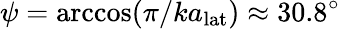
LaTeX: \psi=\operatorname{arccos}(\pi/ka_{\mathrm{lat}})\approx 30.8^{\circ}